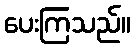
ပေးကြသည်။